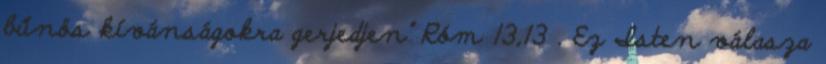
bűnös kívánságokra gerjedjen” Róm 13,13 . Ez Isten válasza